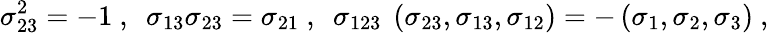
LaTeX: \sigma_{23}^{2}=-1~,~~\sigma_{13}\sigma_{23}=\sigma_{21}~,~~\sigma_{123}~\left(\sigma_{23},\sigma_{13},\sigma_{12}\right)=-\left(\sigma_{1},\sigma_{2},\sigma_{3}\right)~,